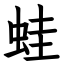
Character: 蛙